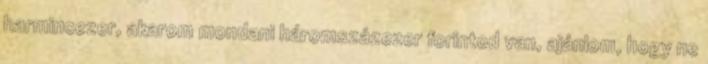
harmincezer, akarom mondani háromszázezer forintod van, ajánlom, hogy ne